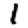
Digit: 1